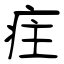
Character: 疰